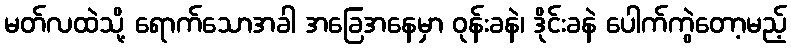
မတ်လထဲသို့ ရောက်သောအခါ အခြေအနေမှာ ဝုန်းခနဲ၊ ဒိုင်းခနဲ ပေါက်ကွဲတော့မည့်